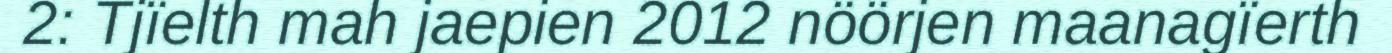
2: Tjïelth mah jaepien 2012 nöörjen maanagïerth